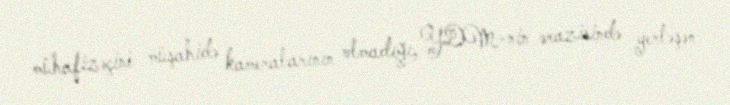
mühafizəçini müşahidə kameralarının olmadığı, YDM-nin ərazisində yerləşən